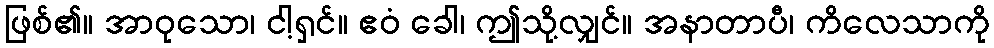
ဖြစ်၏။ အာဝုသော၊ ငါ့ရှင်။ ဧဝံ ခေါ၊ ဤသို့လျှင်။ အနာတာပီ၊ ကိလေသာကို